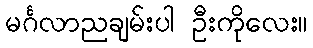
မင်္ဂလာညချမ်းပါ ဦးကိုလေး။